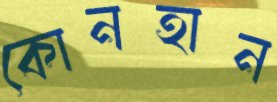
কোনহান